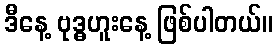
ဒီနေ့ ဗုဒ္ဓဟူးနေ့ ဖြစ်ပါတယ်။